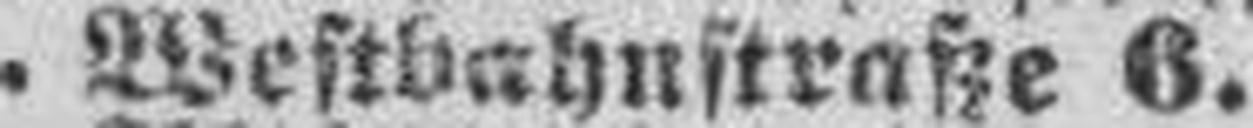
VII. Westbahnstraße 6.